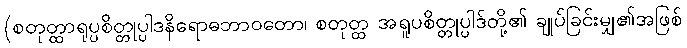
(စတုတ္ထာရုပ္ပစိတ္တုပ္ပါဒနိရောဓဘာဝတော၊ စတုတ္ထ အရူပစိတ္တုပ္ပါဒ်တို့၏ ချုပ်ခြင်းမျှ၏အဖြစ်